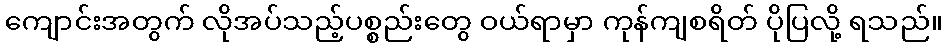
ကျောင်းအတွက် လိုအပ်သည့်ပစ္စည်းတွေ ဝယ်ရာမှာ ကုန်ကျစရိတ် ပိုပြလို့ ရသည်။